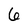
Character: 6